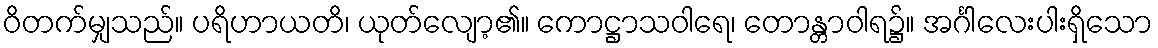
ဝိတက်မျှသည်။ ပရိဟာယတိ၊ ယုတ်လျော့၏။ ကောဋ္ဌာသဝါရေ၊ တောန္တာဝါရ၌။ အင်္ဂါလေးပါးရှိသော